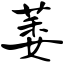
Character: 萎